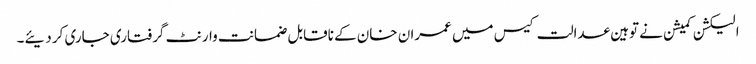
الیکشن کمیشن نے توہین عدالت کیس میں عمران خان کے ناقابل ضمانت وارنٹ گرفتاری جاری کر دیئے۔